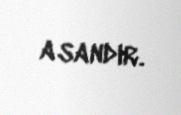
asandır.